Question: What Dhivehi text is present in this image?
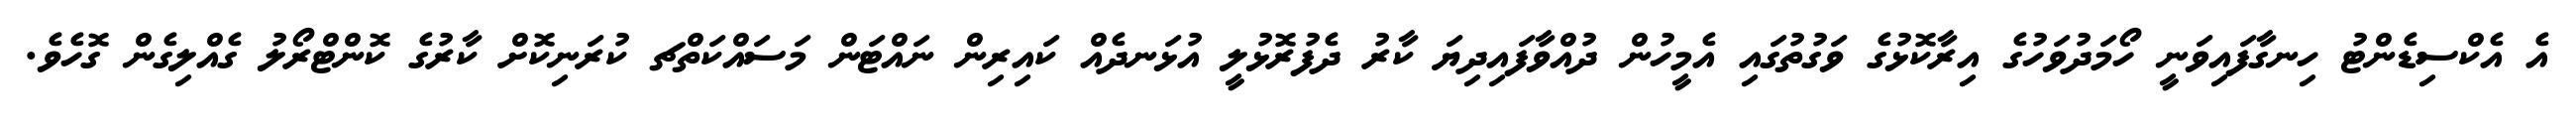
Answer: އެ އެކްސިޑެންޓު ހިނގާފައިވަނީ ހޯމަދުވަހުގެ އިރާކޮޅުގެ ވަގުތުގައި އެމީހުން ދުއްވާފައިދިޔަ ކާރު ދެފުރޮޅުލީ އުޅަނދެއް ކައިރިން ނައްޓަން މަސައްކަތްޗ ކުރަނިކޮށް ކާރުގެ ކޮންޓްރޯލު ގެއްލިގެން ގޮހެވެ.